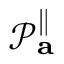
\mathcal { P } _ { \mathbf { a } } ^ { \parallel }